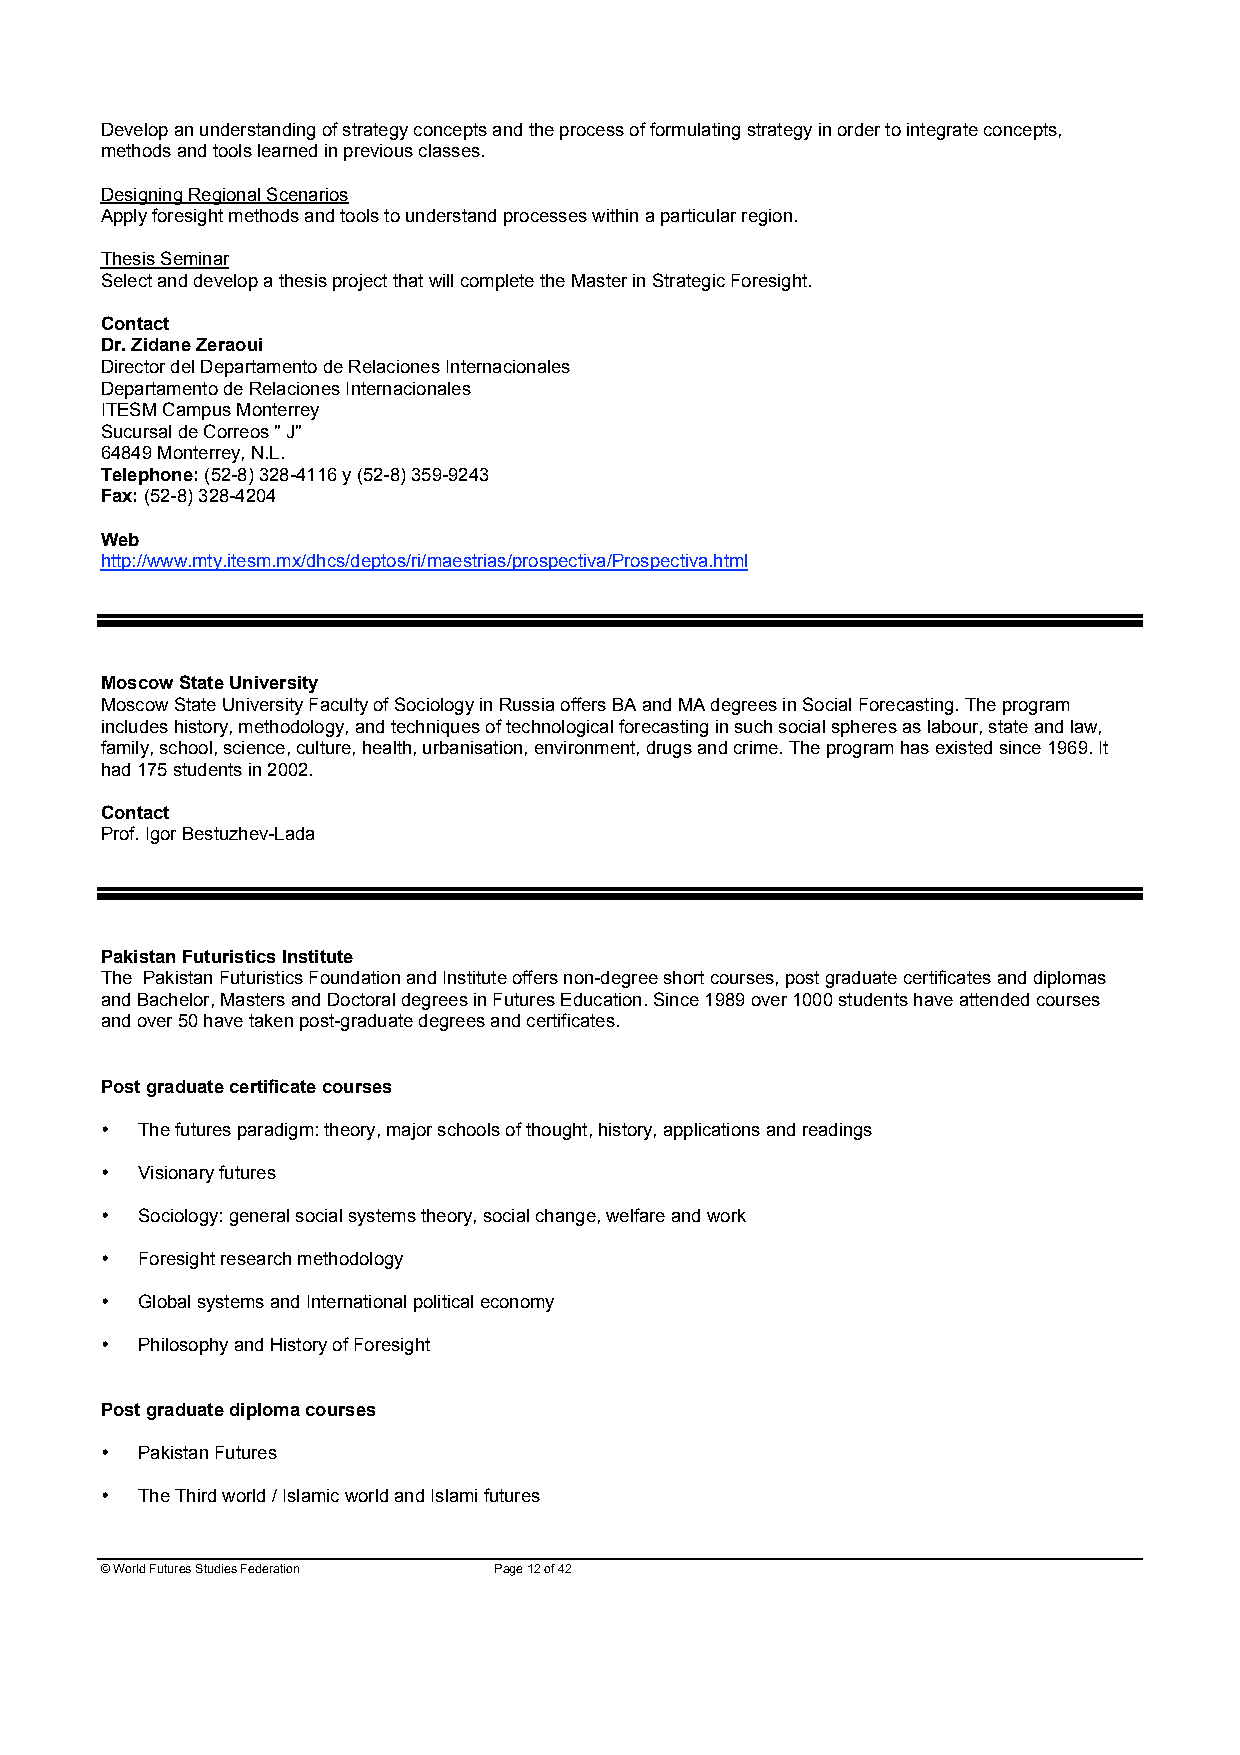
Develop an understanding of strategy concepts and the process of formulating strategy in order to integrate concepts,
 methods and tools learned in previous classes.
 Designing Regional Scenarios
 Apply foresight methods and tools to understand processes within a particular region.
 Thesis Seminar
 Select and develop a thesis project that will complete the Master in Strategic Foresight.
 Contact
 Dr. Zidane Zeraoui
 Director del Departamento de Relaciones Internacionales
 Departamento de Relaciones Internacionales
 ITESM Campus Monterrey
 Sucursal de Correos " J"
 64849 Monterrey, N.L.
 Telephone: (52-8) 328-4116 y (52-8) 359-9243
 Fax: (52-8) 328-4204
 Web
 http://www.mty.itesm.mx/dhcs/deptos/ri/maestrias/prospectiva/Prospectiva.html
 Moscow State University
 Moscow State University Faculty of Sociology in Russia offers BA and MA degrees in Social Forecasting. The program
 includes history, methodology, and techniques of technological forecasting in such social spheres as labour, state and law,
 family, school, science, culture, health, urbanisation, environment, drugs and crime. The program has existed since 1969. It
 had 175 students in 2002.
 Contact
 Prof. Igor Bestuzhev-Lada
 Pakistan Futuristics Institute
 The Pakistan Futuristics Foundation and Institute offers non-degree short courses, post graduate certificates and diplomas
 and Bachelor, Masters and Doctoral degrees in Futures Education. Since 1989 over 1000 students have attended courses
 and over 50 have taken post-graduate degrees and certificates.
 Post graduate certificate courses
 • The futures paradigm: theory, major schools of thought, history, applications and readings
 • Visionary futures
 • Sociology: general social systems theory, social change, welfare and work
 • Foresight research methodology
 • Global systems and International political economy
 • Philosophy and History of Foresight
 Post graduate diploma courses
 • Pakistan Futures
 • The Third world / Islamic world and Islami futures
 © World Futures Studies Federation Page 12 of 42